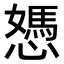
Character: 𢢷